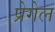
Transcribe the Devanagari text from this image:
प्रेगेल